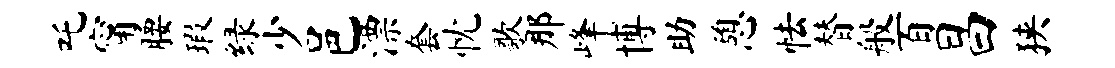
吒甯腰瑕绿少邑漂套忱歌那峰博助憩怯替般百昌狭